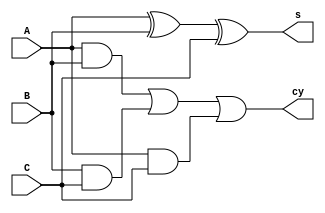
`timescale 1ns / 1ps

module adder(s,cy,A,B,C);

  input A,B,C;
  output s,cy;
  
assign s= A ^ B ^ C;
assign cy= (A&B)|(B&C)|(A&C);

endmodule